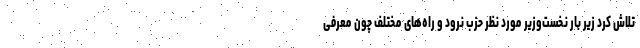
تلاش کرد زیر بار نخست‌وزیر مورد نظر حزب نرود و راه‌های مختلف چون معرفی